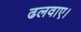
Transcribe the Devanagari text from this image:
ढलवाए।